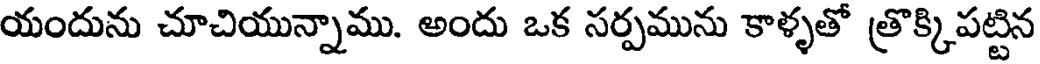
యందును చూచియున్నాము. అందు ఒక సర్పమును కాళ్ళతో త్రొక్కిపట్టిన